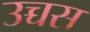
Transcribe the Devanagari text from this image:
उच्चस